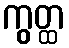
ကွတ္ထ